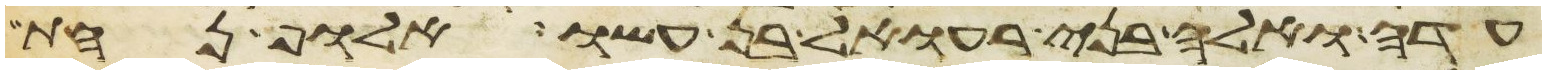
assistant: עדה ואלה בני רעואל בן עשו אלוף נחת